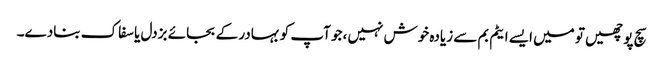
سچ پوچھیں تو میں ایسے ایٹم بم سے زیادہ خوش نہیں ،جو آپ کو بہادر کے بجائے بزدل یا سفاک بنادے۔